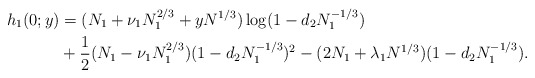
\begin{align*}h_1(0;y)&=(N_1+\nu_1N_1^{2/3}+yN^{1/3})\log(1-d_2N_1^{-1/3})\\&+\frac 12(N_1-\nu_1N_1^{2/3})(1-d_2N_1^{-1/3})^2-(2N_1+\lambda_1N^{1/3})(1-d_2N_1^{-1/3}).\end{align*}